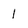
Character: 1